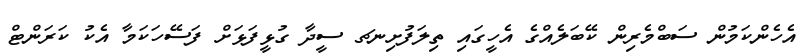
އެހެންކަމުން ސަބްމެރިން ކޭބަލެއްގެ އެހީގައި ތިލަފުށިނޗ ސީދާ ގުޅީފަޅަށް ފަސޭހަކަމާ އެކު ކަރަންޓް